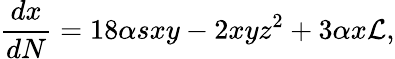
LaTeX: \frac{dx}{dN}=18\alpha sxy-2xyz^{2}+3\alpha x\mathcal{L},